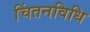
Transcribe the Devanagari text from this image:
चिंतनविधि